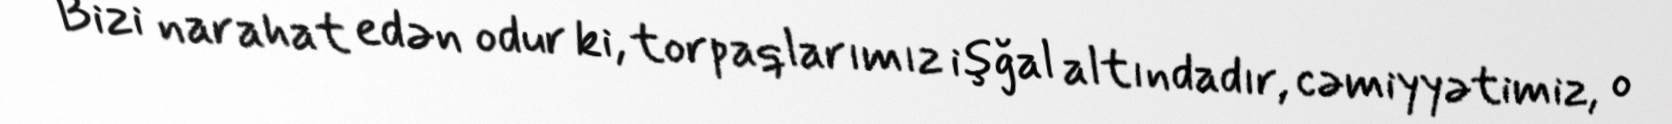
Bizi narahat edən odur ki, torpaqlarımız işğal altındadır, cəmiyyətimiz, o